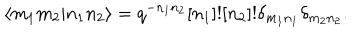
\langle m _ { 1 } m _ { 2 } \vert n _ { 1 } n _ { 2 } \rangle = q ^ { - n _ { 1 } n _ { 2 } } [ n _ { 1 } ] ! [ n _ { 2 } ] ! \delta _ { m _ { 1 } n _ { 1 } } \delta _ { m _ { 2 } n _ { 2 } } .